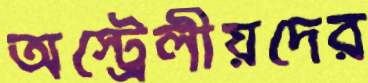
অস্ট্রেলীয়দের